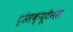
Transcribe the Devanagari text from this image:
ट्रांसक्यूटेनस